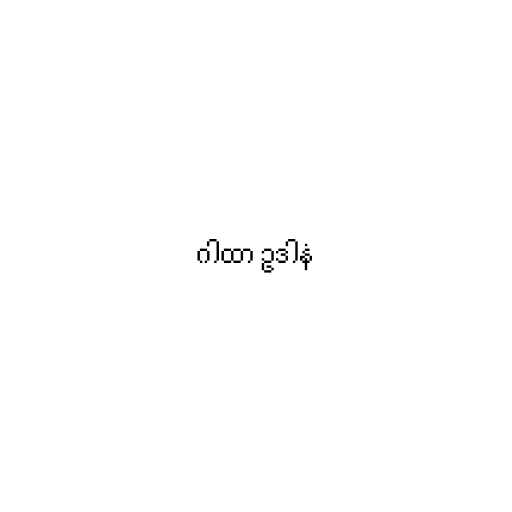
ဂါထာ ဥဒါနံ